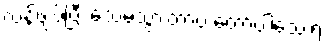
လန့်ဖျပ်ပြီး သေမသွားတာပဲ တော်ပါသေးရဲ့